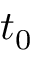
t _ { 0 }